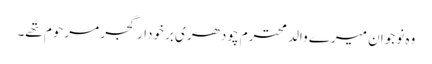
وہ نوجوان میرے والد محترم چودھری برخودار گجر مرحوم تھے۔